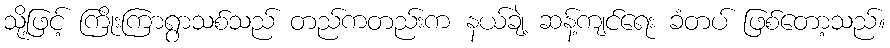
သို့ဖြင့် ကြိုးကြာရွာသစ်သည် တည်ကတည်းက နယ်ချဲ့ ဆန့်ကျင်ရေး ခံတပ် ဖြစ်တော့သည်။